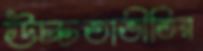
উচ্চতাভীতির